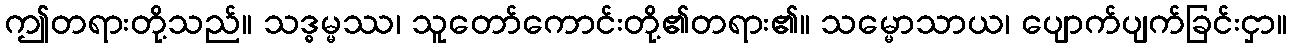
ဤတရားတို့သည်။ သဒ္ဓမ္မဿ၊ သူတော်ကောင်းတို့၏တရား၏။ သမ္မောသာယ၊ ပျောက်ပျက်ခြင်းငှာ။